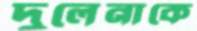
দুলেনাকে